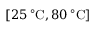
\left[ 2 5 \, ^ { \circ } \mathrm { C } , 8 0 \, ^ { \circ } \mathrm { C } \right]